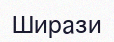
Ширази